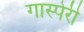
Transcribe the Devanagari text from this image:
गास्पेरी